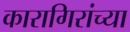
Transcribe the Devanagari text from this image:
कारागिरांच्या